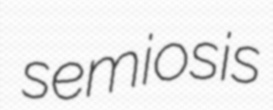
semiosis